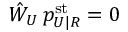
\hat { W } _ { U } \, p _ { U | R } ^ { \mathrm { s t } } = 0